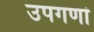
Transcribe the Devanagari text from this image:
उपगणां